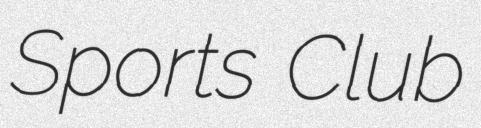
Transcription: Sports Club